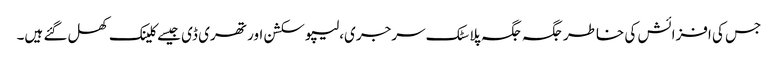
جس کی افزائش کی خاطر جگہ جگہ پلاسٹک سرجری،لیپو سکشن اور تھری ڈی جیسے کلینک کھل گئے ہیں۔